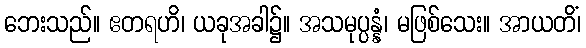
ဘေးသည်။ ဧတရဟိ၊ ယခုအခါ၌။ အသမုပ္ပန္နံ၊ မဖြစ်သေး။ အာယတိံ၊